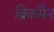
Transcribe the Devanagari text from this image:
ब्रिकमैन